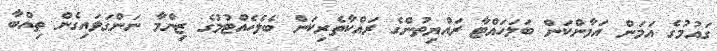
ގައުމުގެ އަމަން އަމާންކަން ބަލަހައްޓާ ރައްޔިތުންގެ ރައްކާތެރިކަން ބެލެހެއްޓުމުގެ ޒިންމާ ނަންގަވައިގެން ތިއްބާ